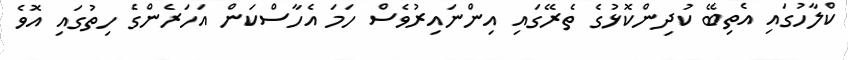
ކްލާހުގައި އެތިބޭ ކުދިންކޮޅުގެ ތެރޭގައި އިންނައިރުވެސް ހަމަ އެހާސްކަން އަހަރެންގެ ހިތުގައި އޮވެ